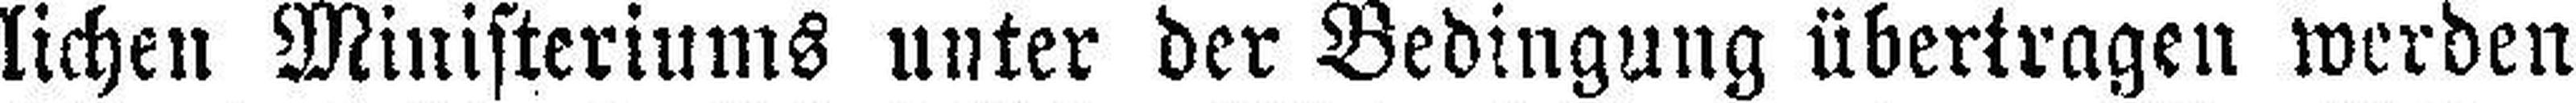
lichen Ministeriums unter der Bedingung übertragen werden